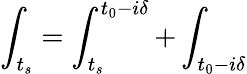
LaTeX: \int_{t_{s}}=\int_{t_{s}}^{t_{0}-i\delta}+\int_{t_{0}-i\delta}